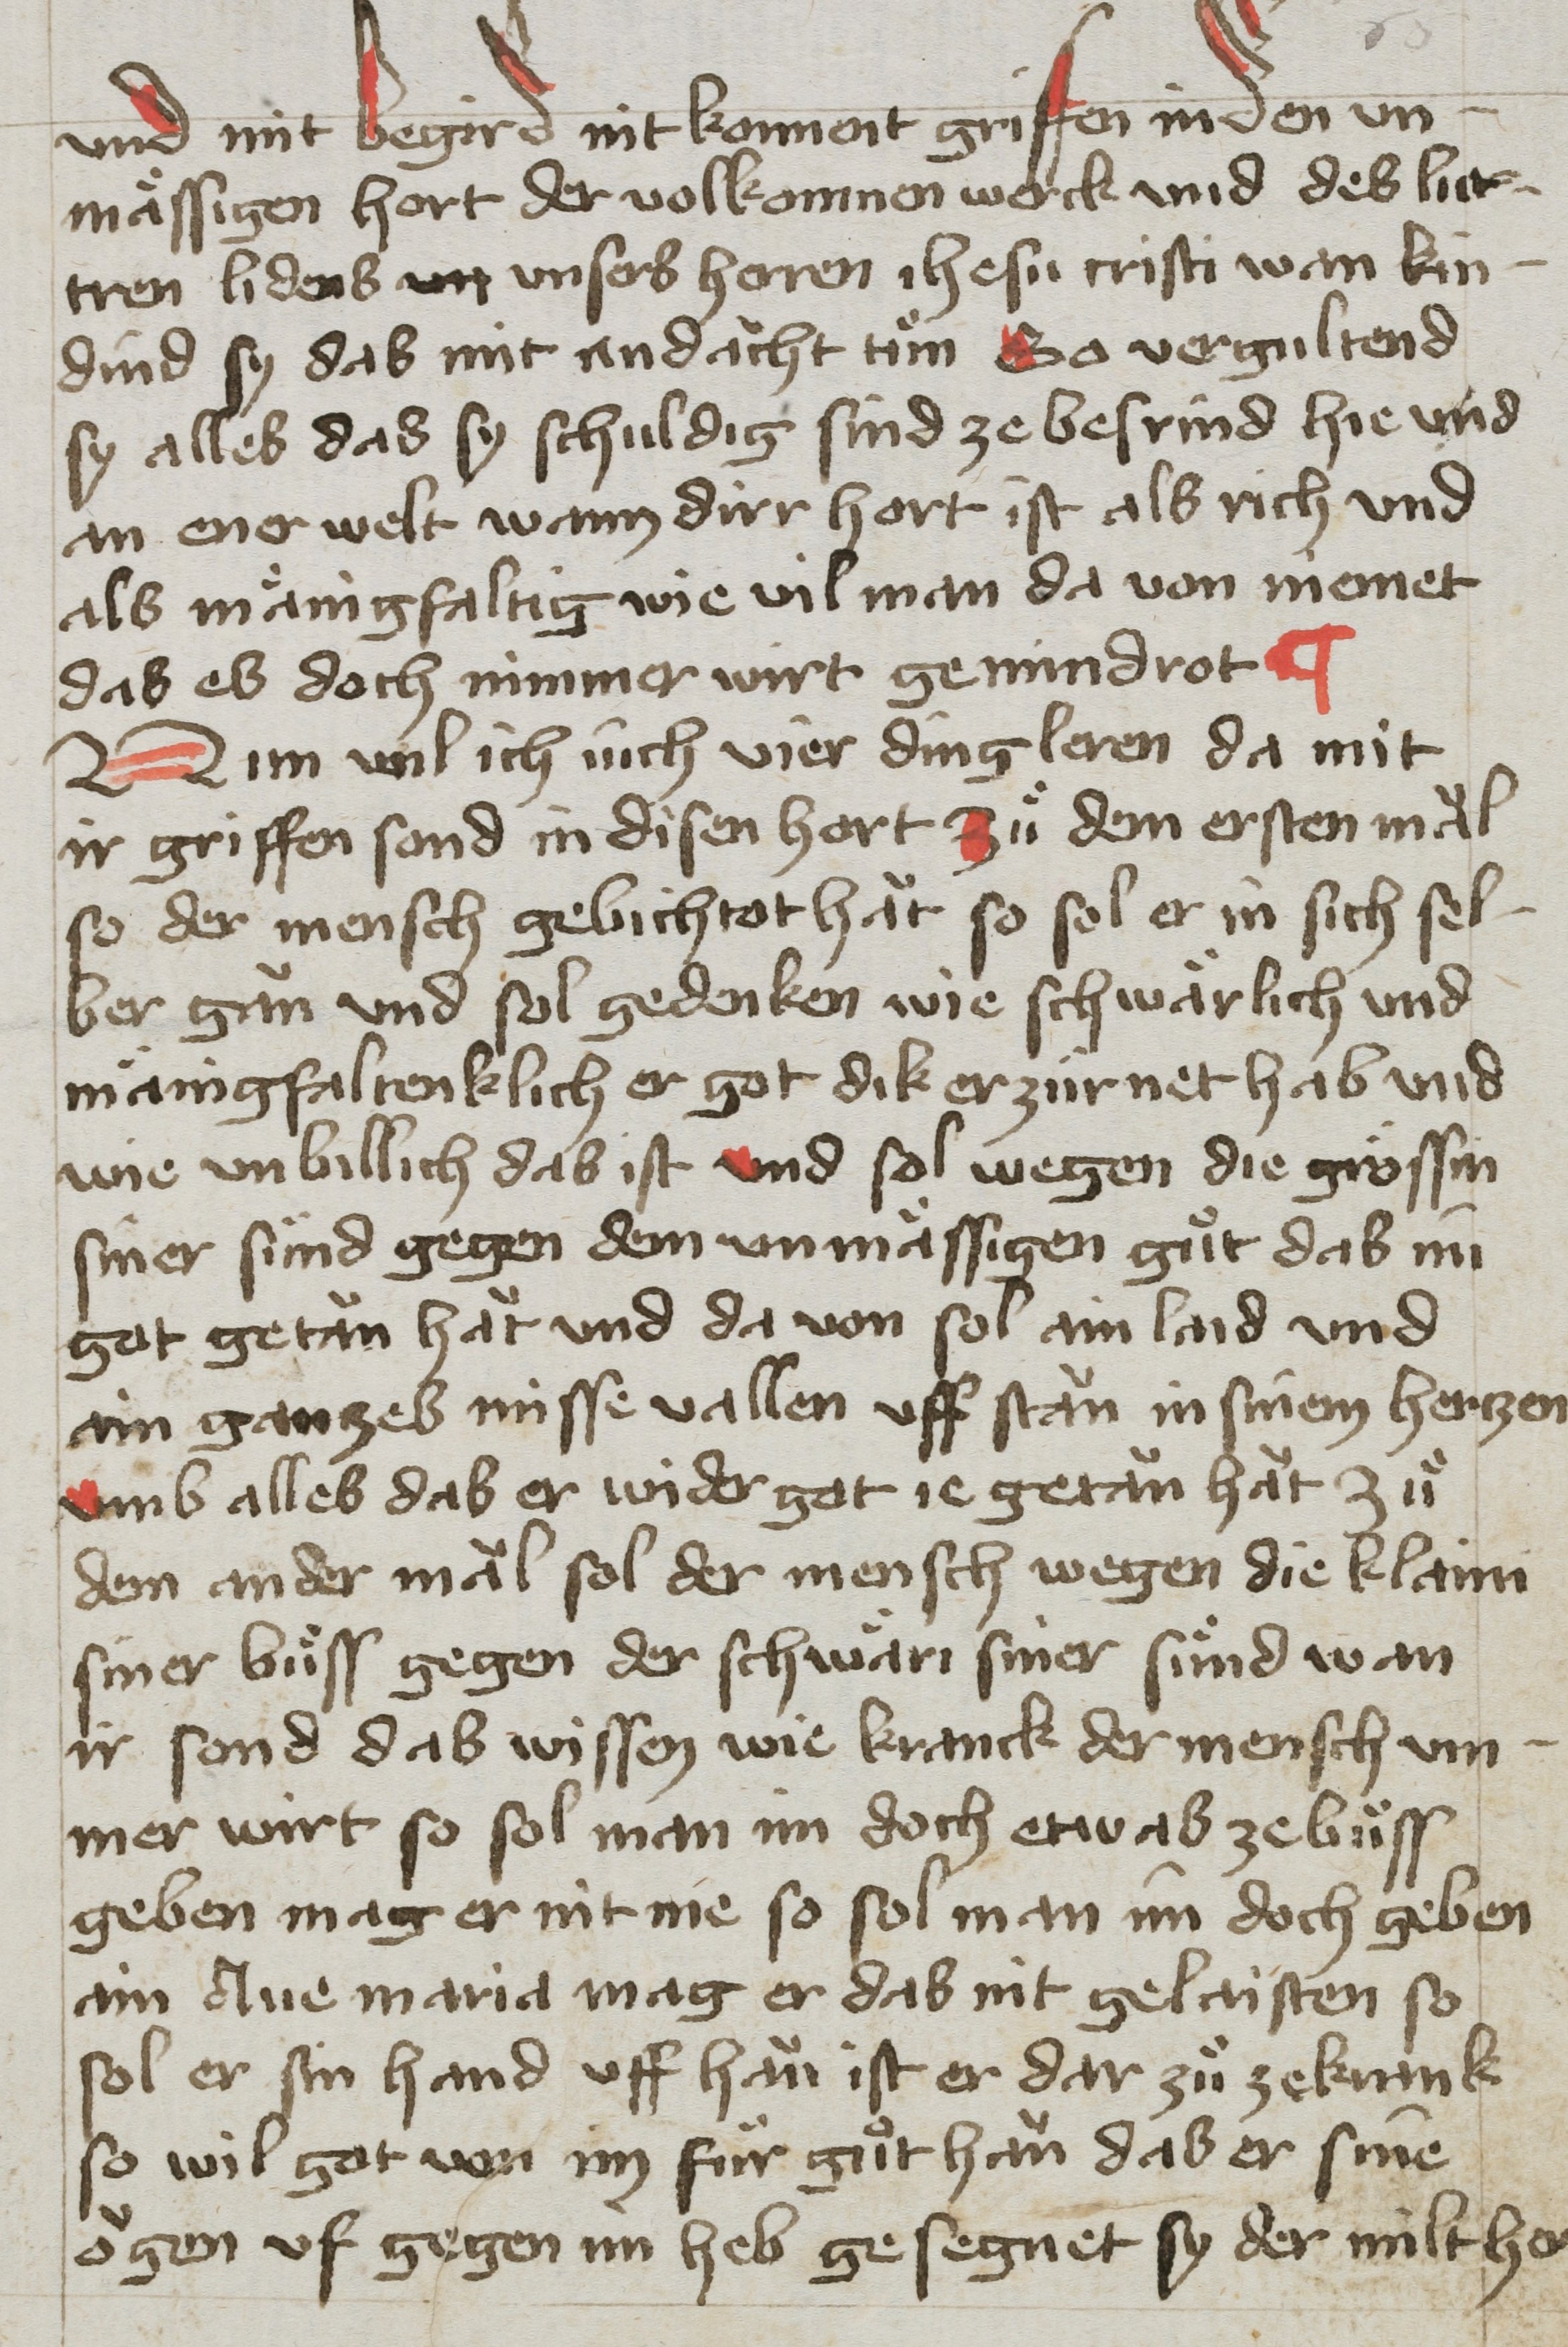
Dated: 1400–1499